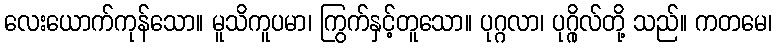
လေးယောက်ကုန်သော။ မူသိကူပမာ၊ ကြွက်နှင့်တူသော။ ပုဂ္ဂလာ၊ ပုဂ္ဂိုလ်တို့ သည်။ ကတမေ၊